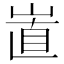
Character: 𡸽